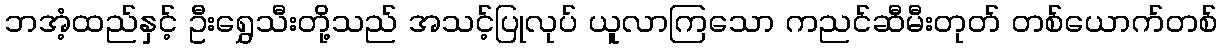
ဘအံ့ထည်နှင့် ဦးရွှေသီးတို့သည် အသင့်ပြုလုပ် ယူလာကြသော ကညင်ဆီမီးတုတ် တစ်ယောက်တစ်